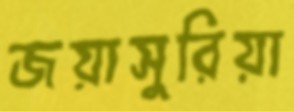
জয়াসুরিয়া